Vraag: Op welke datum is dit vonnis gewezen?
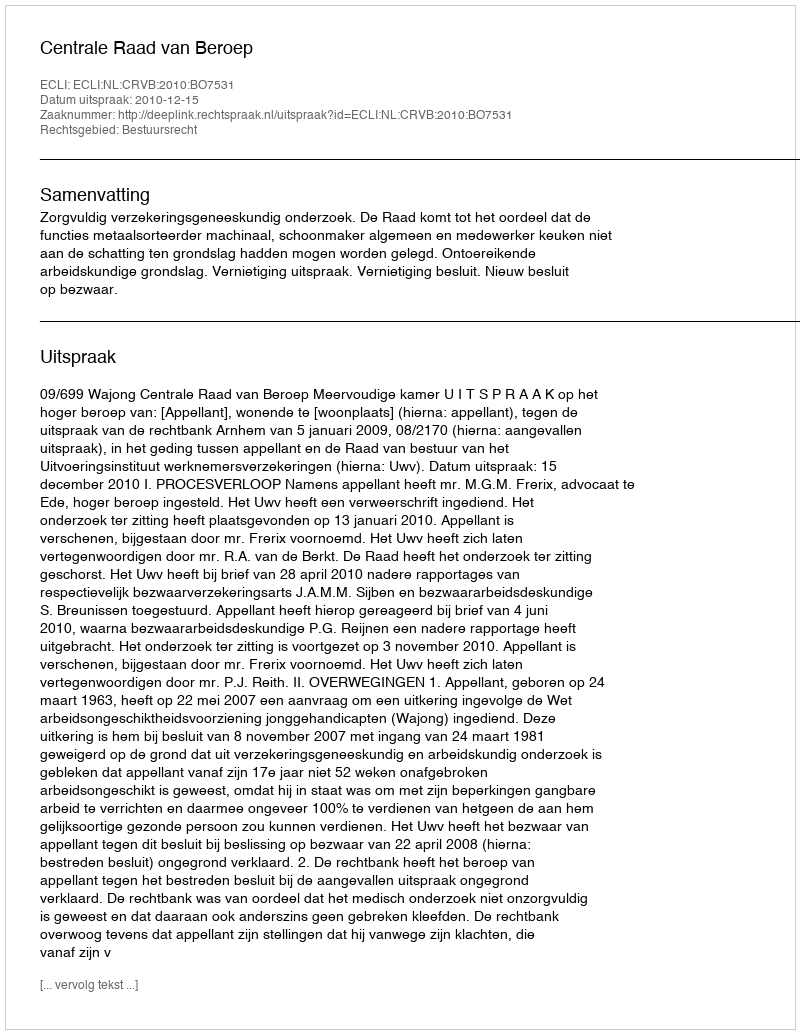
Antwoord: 2010-12-15